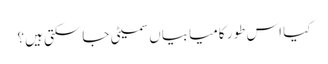
کیا اس طور کامیابیاں سمیٹی جاسکتی ہیں؟